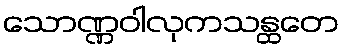
သောဏ္ဏဝါလုကသန္ထတေ